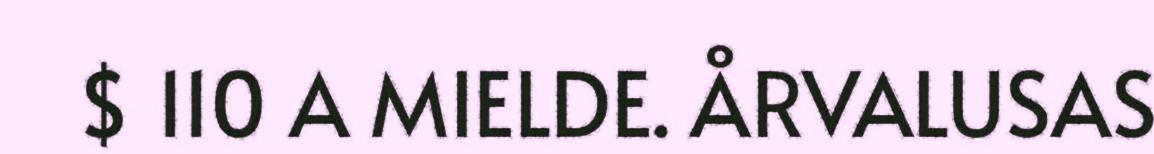
$ 110 A MIELDE. ÅRVALUSAS